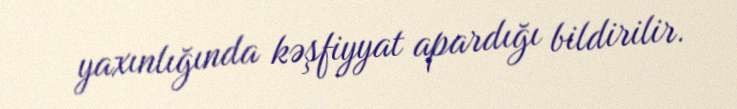
yaxınlığında kəşfiyyat apardığı bildirilir.